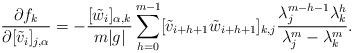
LaTeX: \begin{align*}\frac{\partial f_k}{\partial[\tilde{v}_i]_{j,\alpha}}=-\frac{[\tilde{w}_i]_{\alpha,k}}{m|g|}\sum_{h=0}^{m-1}[\tilde{v}_{i+h+1}\tilde{w}_{i+h+1}]_{k,j}\frac{\lambda_j^{m-h-1}\lambda_k^h}{\lambda_j^m-\lambda_k^m}.\end{align*}